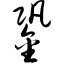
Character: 銎